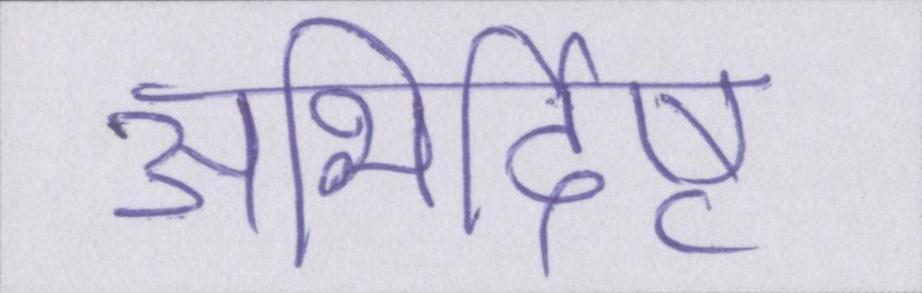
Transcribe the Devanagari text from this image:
अभिर्दिष्ट